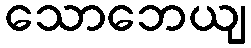
သောဘေယျ